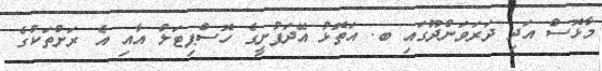
މާޅޮސް އަދި ދަރަވަންދޫގައި ބ. އަތޮޅު އޭދަފުށީގެ ހޮސްޕިޓަލް އާއި އެ ރަށްތަކުގެ